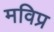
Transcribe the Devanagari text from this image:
मविप्र